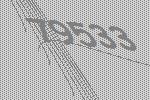
79533